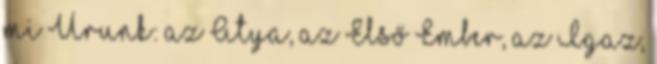
mi Urunk: az Atya, az Első Ember, az Igaz,